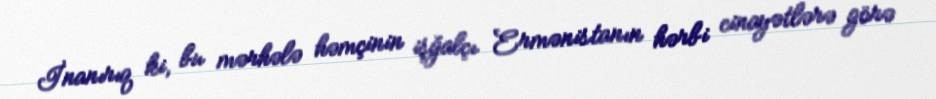
İnanırıq ki, bu mərhələ həmçinin işğalçı Ermənistanın hərbi cinayətlərə görə